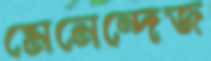
মেনেন্দেজ